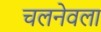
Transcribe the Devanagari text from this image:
चलनेवला